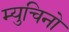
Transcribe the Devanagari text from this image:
म्युचिनो